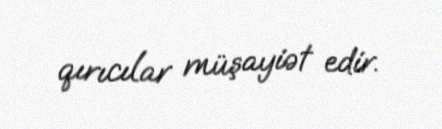
qırıcılar müşayiət edir.